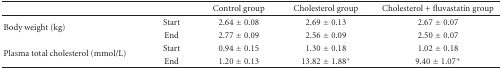
<table><thead><tr><td></td><td></td><td><b>Control group</b></td><td><b>Cholesterol group</b></td><td><b>Cholesterol + fluvastatin group</b></td></tr></thead><tbody><tr><td rowspan="2">Body weight (kg)</td><td>Start</td><td>2.64 ± 0.08</td><td>2.69 ± 0.13</td><td>2.67 ± 0.07</td></tr><tr><td>End</td><td>2.77 ± 0.09</td><td>2.56 ± 0.09</td><td>2.50 ± 0.07</td></tr><tr><td rowspan="2">Plasma total cholesterol (mmol/L)</td><td>Start</td><td>0.94 ± 0.15</td><td>1.30 ± 0.18</td><td>1.02 ± 0.18</td></tr><tr><td>End</td><td>1.20 ± 0.13</td><td>13.82 ± 1.88<sup>+</sup></td><td>9.40 ± 1.07*</td></tr></tbody></table>